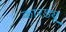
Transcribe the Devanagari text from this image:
कारड्यू